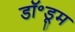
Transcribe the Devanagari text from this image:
डॉ॰डूम